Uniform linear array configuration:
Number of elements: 64
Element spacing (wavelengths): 1
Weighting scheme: uniform
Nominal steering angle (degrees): -15
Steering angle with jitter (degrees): -13.595
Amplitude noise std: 0.05
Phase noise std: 0.05

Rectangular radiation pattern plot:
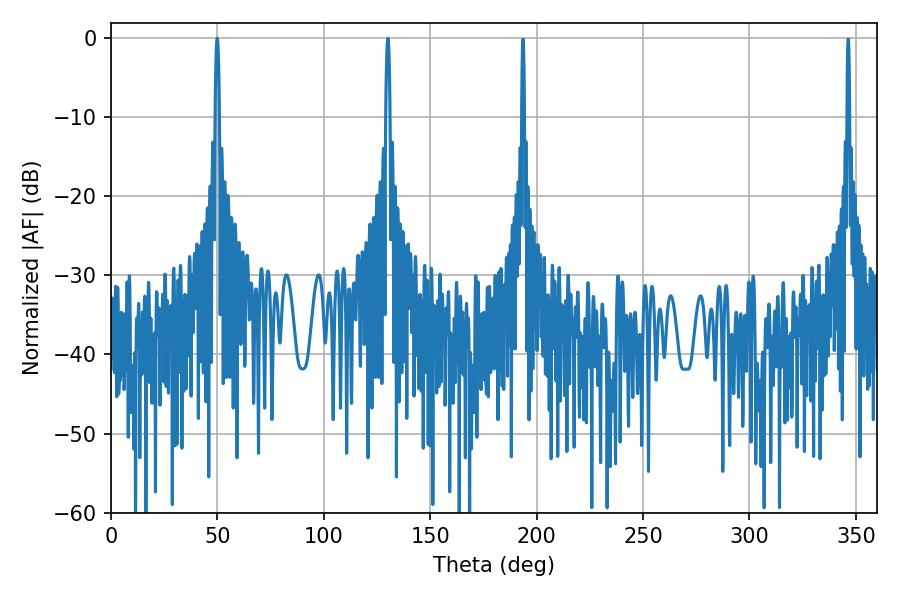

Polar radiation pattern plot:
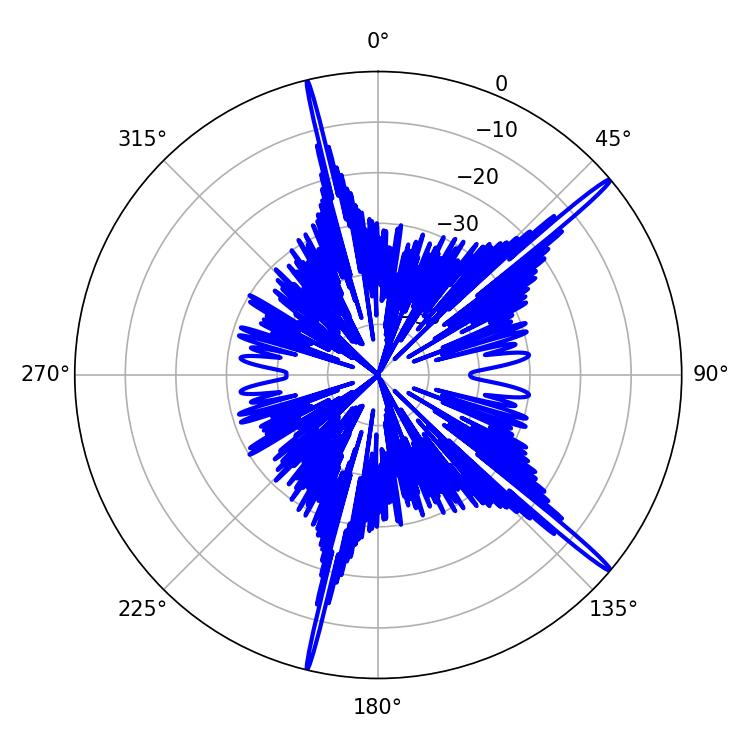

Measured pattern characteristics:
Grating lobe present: TRUE
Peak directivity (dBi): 18.311
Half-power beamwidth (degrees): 1.08
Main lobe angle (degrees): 49.86